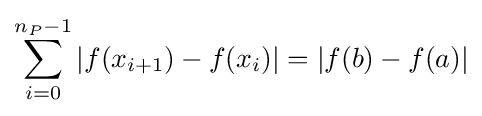
\sum _{i=0}^{n_{P}-1}|f(x_{i+1})-f(x_{i})|=|f(b)-f(a)|